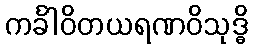
ကင်္ခါဝိတယရဏဝိသုဒ္ဓိ